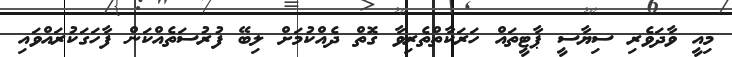
މިއީ ވާދަވެރި ސިޔާސީ ޕާޓީތައް ހަރަކާތްތެރިވާ ގޮތް ދެއްކުމަށް ލިބޭ ފުރުސަތެއްކަން ފާހަގަކުރައްވައި